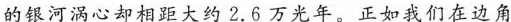
的银河涡心却相距大约2.6万光年。正如我们在边角